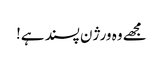
مجھے وہ ورژن پسند ہے!